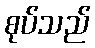
စုပ်သည်